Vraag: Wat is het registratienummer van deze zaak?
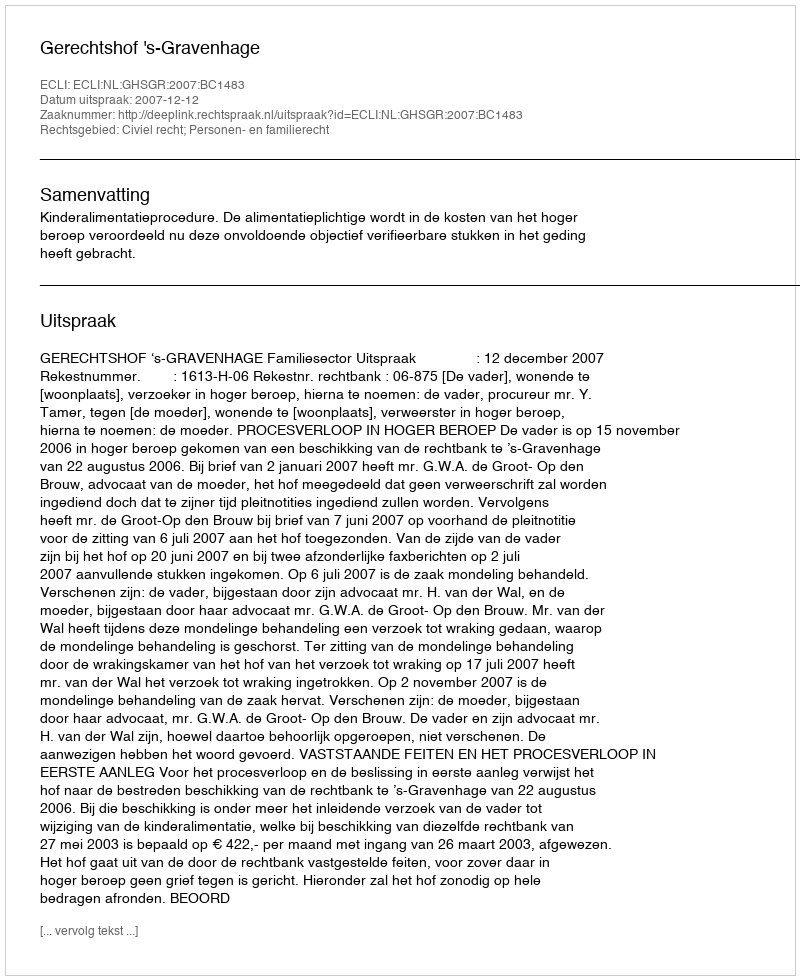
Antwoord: http://deeplink.rechtspraak.nl/uitspraak?id=ECLI:NL:GHSGR:2007:BC1483